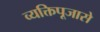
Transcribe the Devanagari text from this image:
व्यक्तिपूजासे